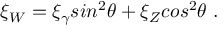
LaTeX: \xi _ { W } = \xi _ { \gamma } s i n ^ { 2 } \theta + \xi _ { Z } c o s ^ { 2 } \theta ~ .